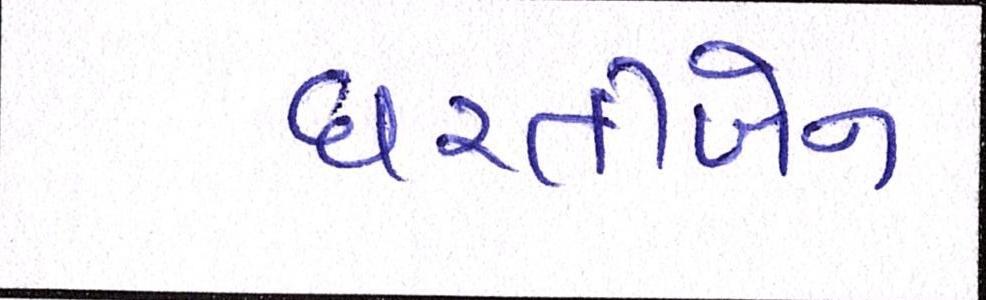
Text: ધરતીબેન